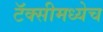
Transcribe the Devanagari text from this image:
टॅक्सीमध्येच